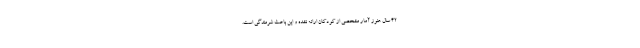
۴۲ سال هنوز آمار مشخصی از کودکان ارائه نشده و این باعث شرمندگی است.